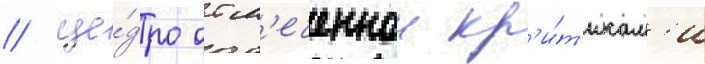
/ ще́дро отм'еченнои кр'и́т'икам'и